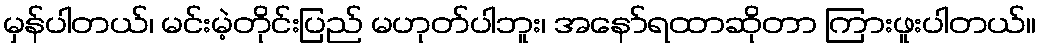
မှန်ပါတယ်၊ မင်းမဲ့တိုင်းပြည် မဟုတ်ပါဘူး၊ အနော်ရထာဆိုတာ ကြားဖူးပါတယ်။